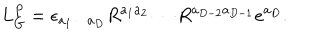
L _ { G } ^ { P } = \epsilon _ { a _ { 1 } \cdots a _ { D } } R ^ { a _ { 1 } a _ { 2 } } \cdots R ^ { a _ { D - 2 } a _ { D - 1 } } e ^ { a _ { D } } .